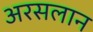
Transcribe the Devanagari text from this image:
अरसलान